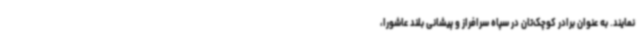
نمایند. به عنوان برادر کوچک‌تان در سپاه سرافراز و پیشانی بلند عاشورا،